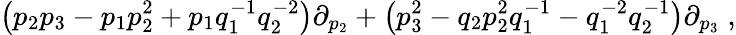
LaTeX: \left(p_{2}p_{3}-p_{1}p_{2}^{2}+p_{1}q_{1}^{-1}q_{2}^{-2}\right)\partial_{p_{2}}+\left(p_{3}^{2}-q_{2}p_{2}^{2}q_{1}^{-1}-q_{1}^{-2}q_{2}^{-1}\right)\partial_{p_{3}}\; ,